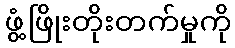
ဖွံ့ဖြိုးတိုးတက်မှုကို